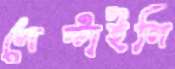
লেপ্‌টাইলি